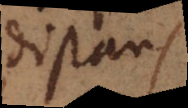
disan